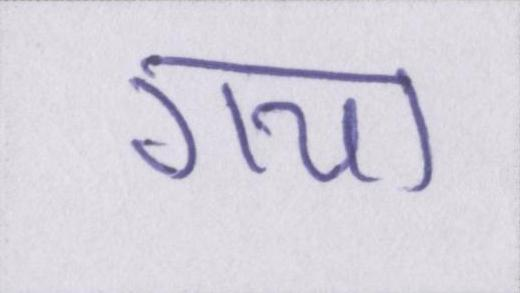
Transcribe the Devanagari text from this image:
गया